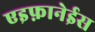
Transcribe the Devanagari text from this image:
एइफ़ानेईस